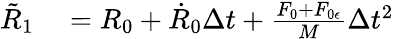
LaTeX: \begin{array}{rl}{\tilde{R}_{1}}&{{}=R_{0}+\dot{R}_{0}\Delta t+\frac{F_{0}+F_{0\epsilon}}{M}\Delta t^{2}}\end{array}